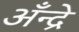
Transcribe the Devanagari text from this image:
अँन्द्रे